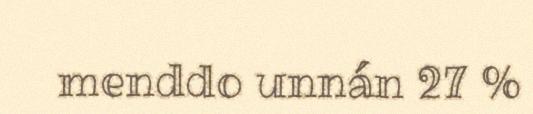
menddo unnán 27 %